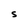
Character: S